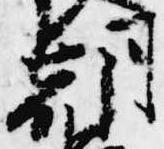
朝